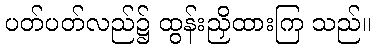
ပတ်ပတ်လည်၌ ထွန်းညှိထားကြ သည်။